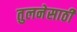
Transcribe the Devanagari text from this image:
तुलनेसाठी